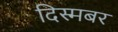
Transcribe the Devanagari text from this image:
दिस्मबर